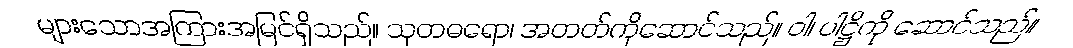
များသောအကြားအမြင်ရှိသည်။ သုတဓရော၊ အတတ်ကိုဆောင်သည်။ ဝါ၊ ပါဋ္ဌိကို ဆောင်သည်။